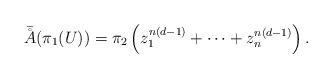
LaTeX: \begin{align*}\bar \AA(\pi_1(U))=\pi_2\left(z_1^{n(d-1)}+\cdots+z_n^{n(d-1)}\right).\end{align*}